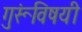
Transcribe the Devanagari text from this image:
गुरूंविषयी